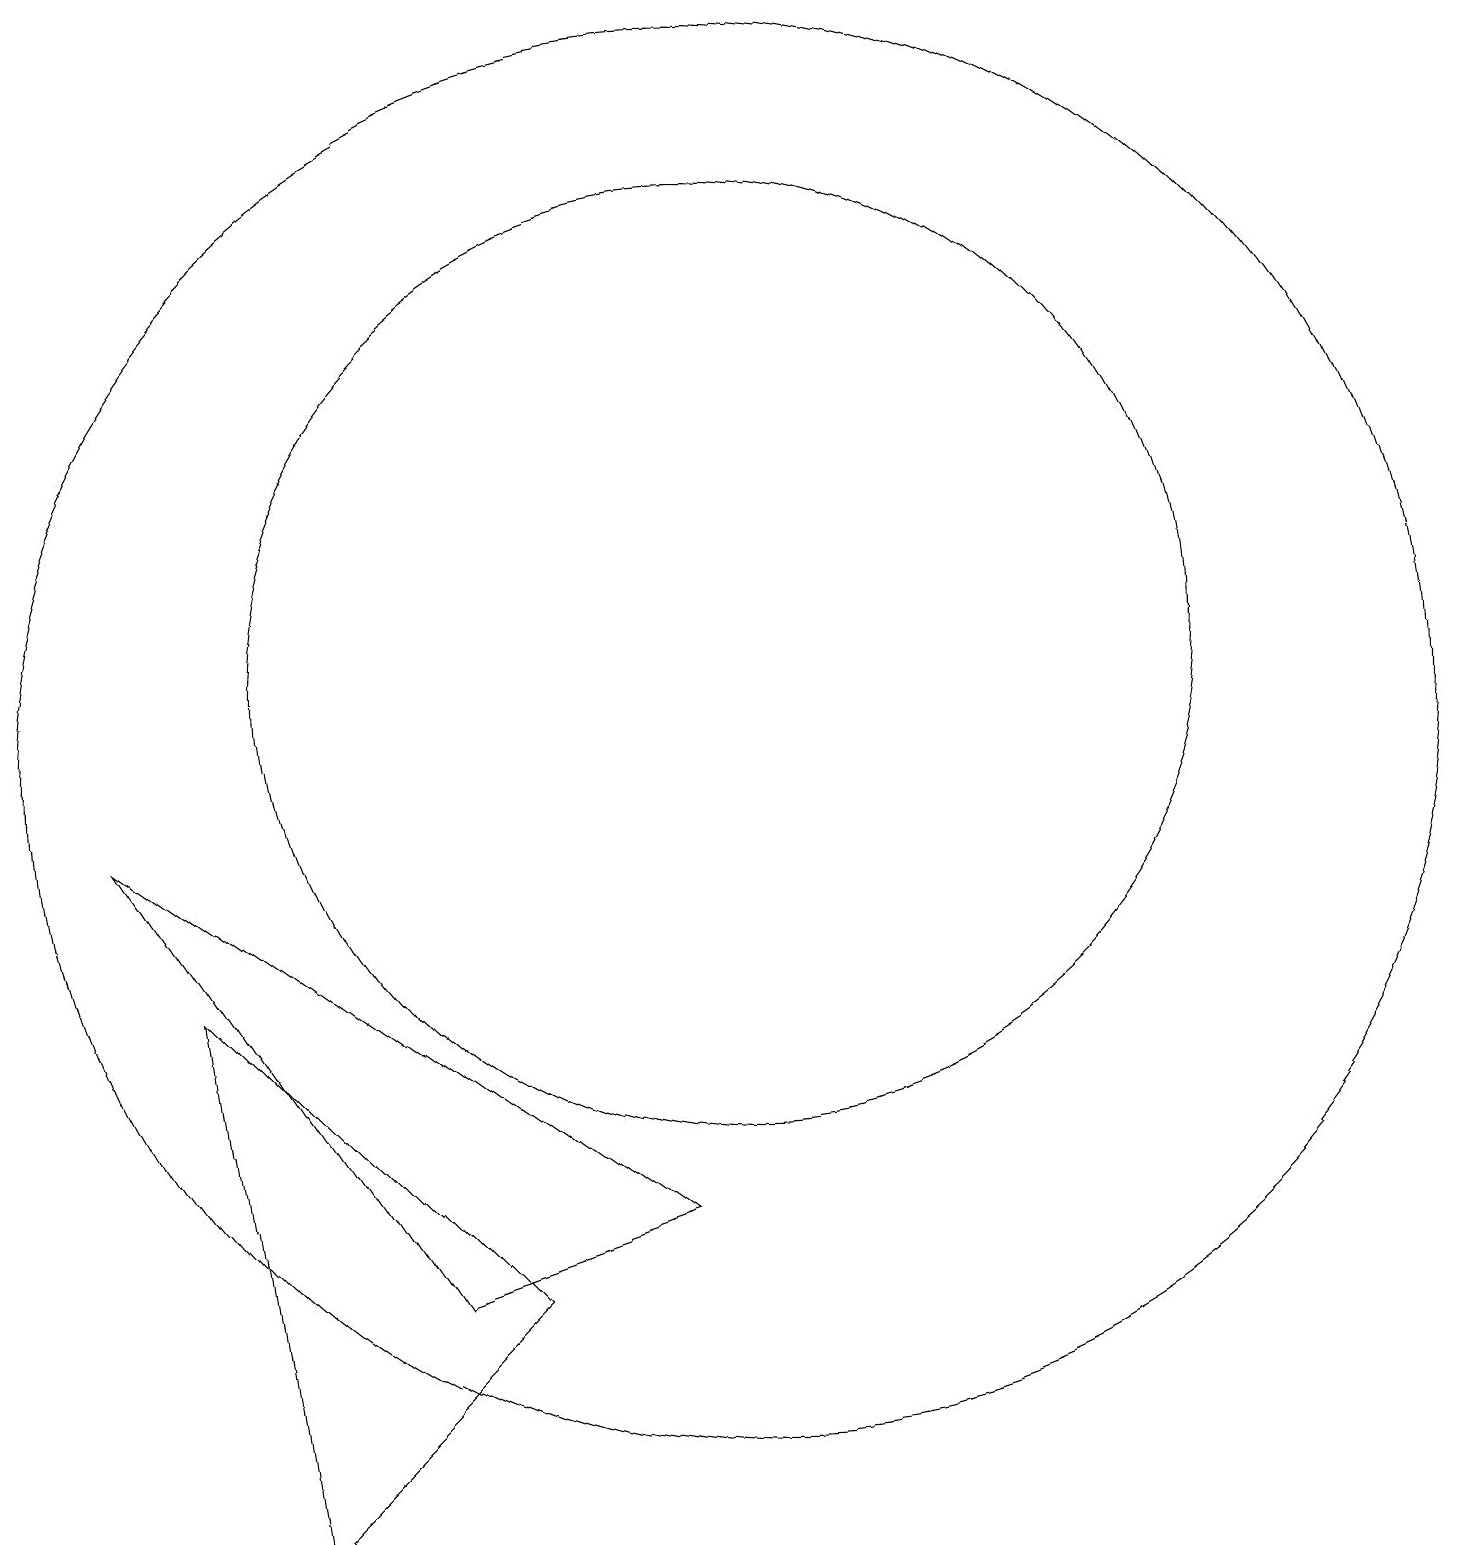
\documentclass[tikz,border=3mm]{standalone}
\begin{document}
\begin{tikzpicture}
\draw (10,11) circle (6);
\draw (10,10) circle (9);
\draw (6,3) -- (9,4) -- (2,9) -- cycle;
\draw (4,0) -- (7,3) -- (3,7) -- cycle;
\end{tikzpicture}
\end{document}